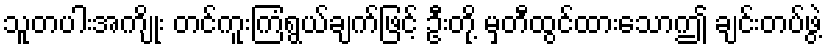
သူတပါးအကျိုး တင်ကူးကြံရွယ်ချက်ဖြင့် ဦးတို့ မှတီထွင်ထားသောဤ ချင်းတပ်ဖွဲ့